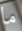
ما